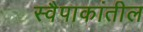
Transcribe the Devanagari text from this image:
स्वैपाकांतील